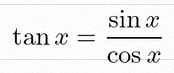
\tan x=\frac{\sin x}{\cos x}